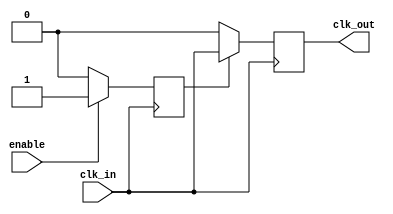
module ClockGatingBuffer (
    input wire clk_in,    // Primary clock input
    input wire enable,    // Control signal for clock gating
    output reg clk_out    // Gated clock output
);

    // Internal signal to synchronize the gated clock
    reg gated_clk;

    // Always block to handle the clock gating logic
    always @(posedge clk_in) begin
        if (enable) begin
            gated_clk <= 1'b1;  // Allow clock to pass through
        end else begin
            gated_clk <= 1'b0;  // Suppress clock
        end
    end

    // Always block to generate the gated clock output
    always @(posedge clk_in) begin
        if (gated_clk) begin
            clk_out <= clk_in;  // Pass the input clock to output
        end else begin
            clk_out <= 1'b0;     // Output low when gated
        end
    end

endmodule